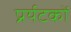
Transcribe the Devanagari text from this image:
प्रर्यटकों